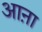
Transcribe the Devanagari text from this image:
आऩा